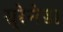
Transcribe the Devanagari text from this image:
ग्र्रेनेडा